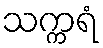
သက္ကရံ